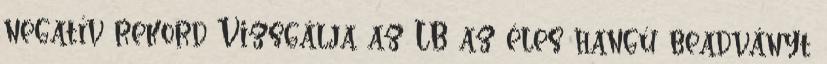
negatív rekord Vizsgálja az LB az éles hangú beadványt